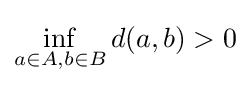
\inf _{a\in A,b\in B}d(a,b)>0